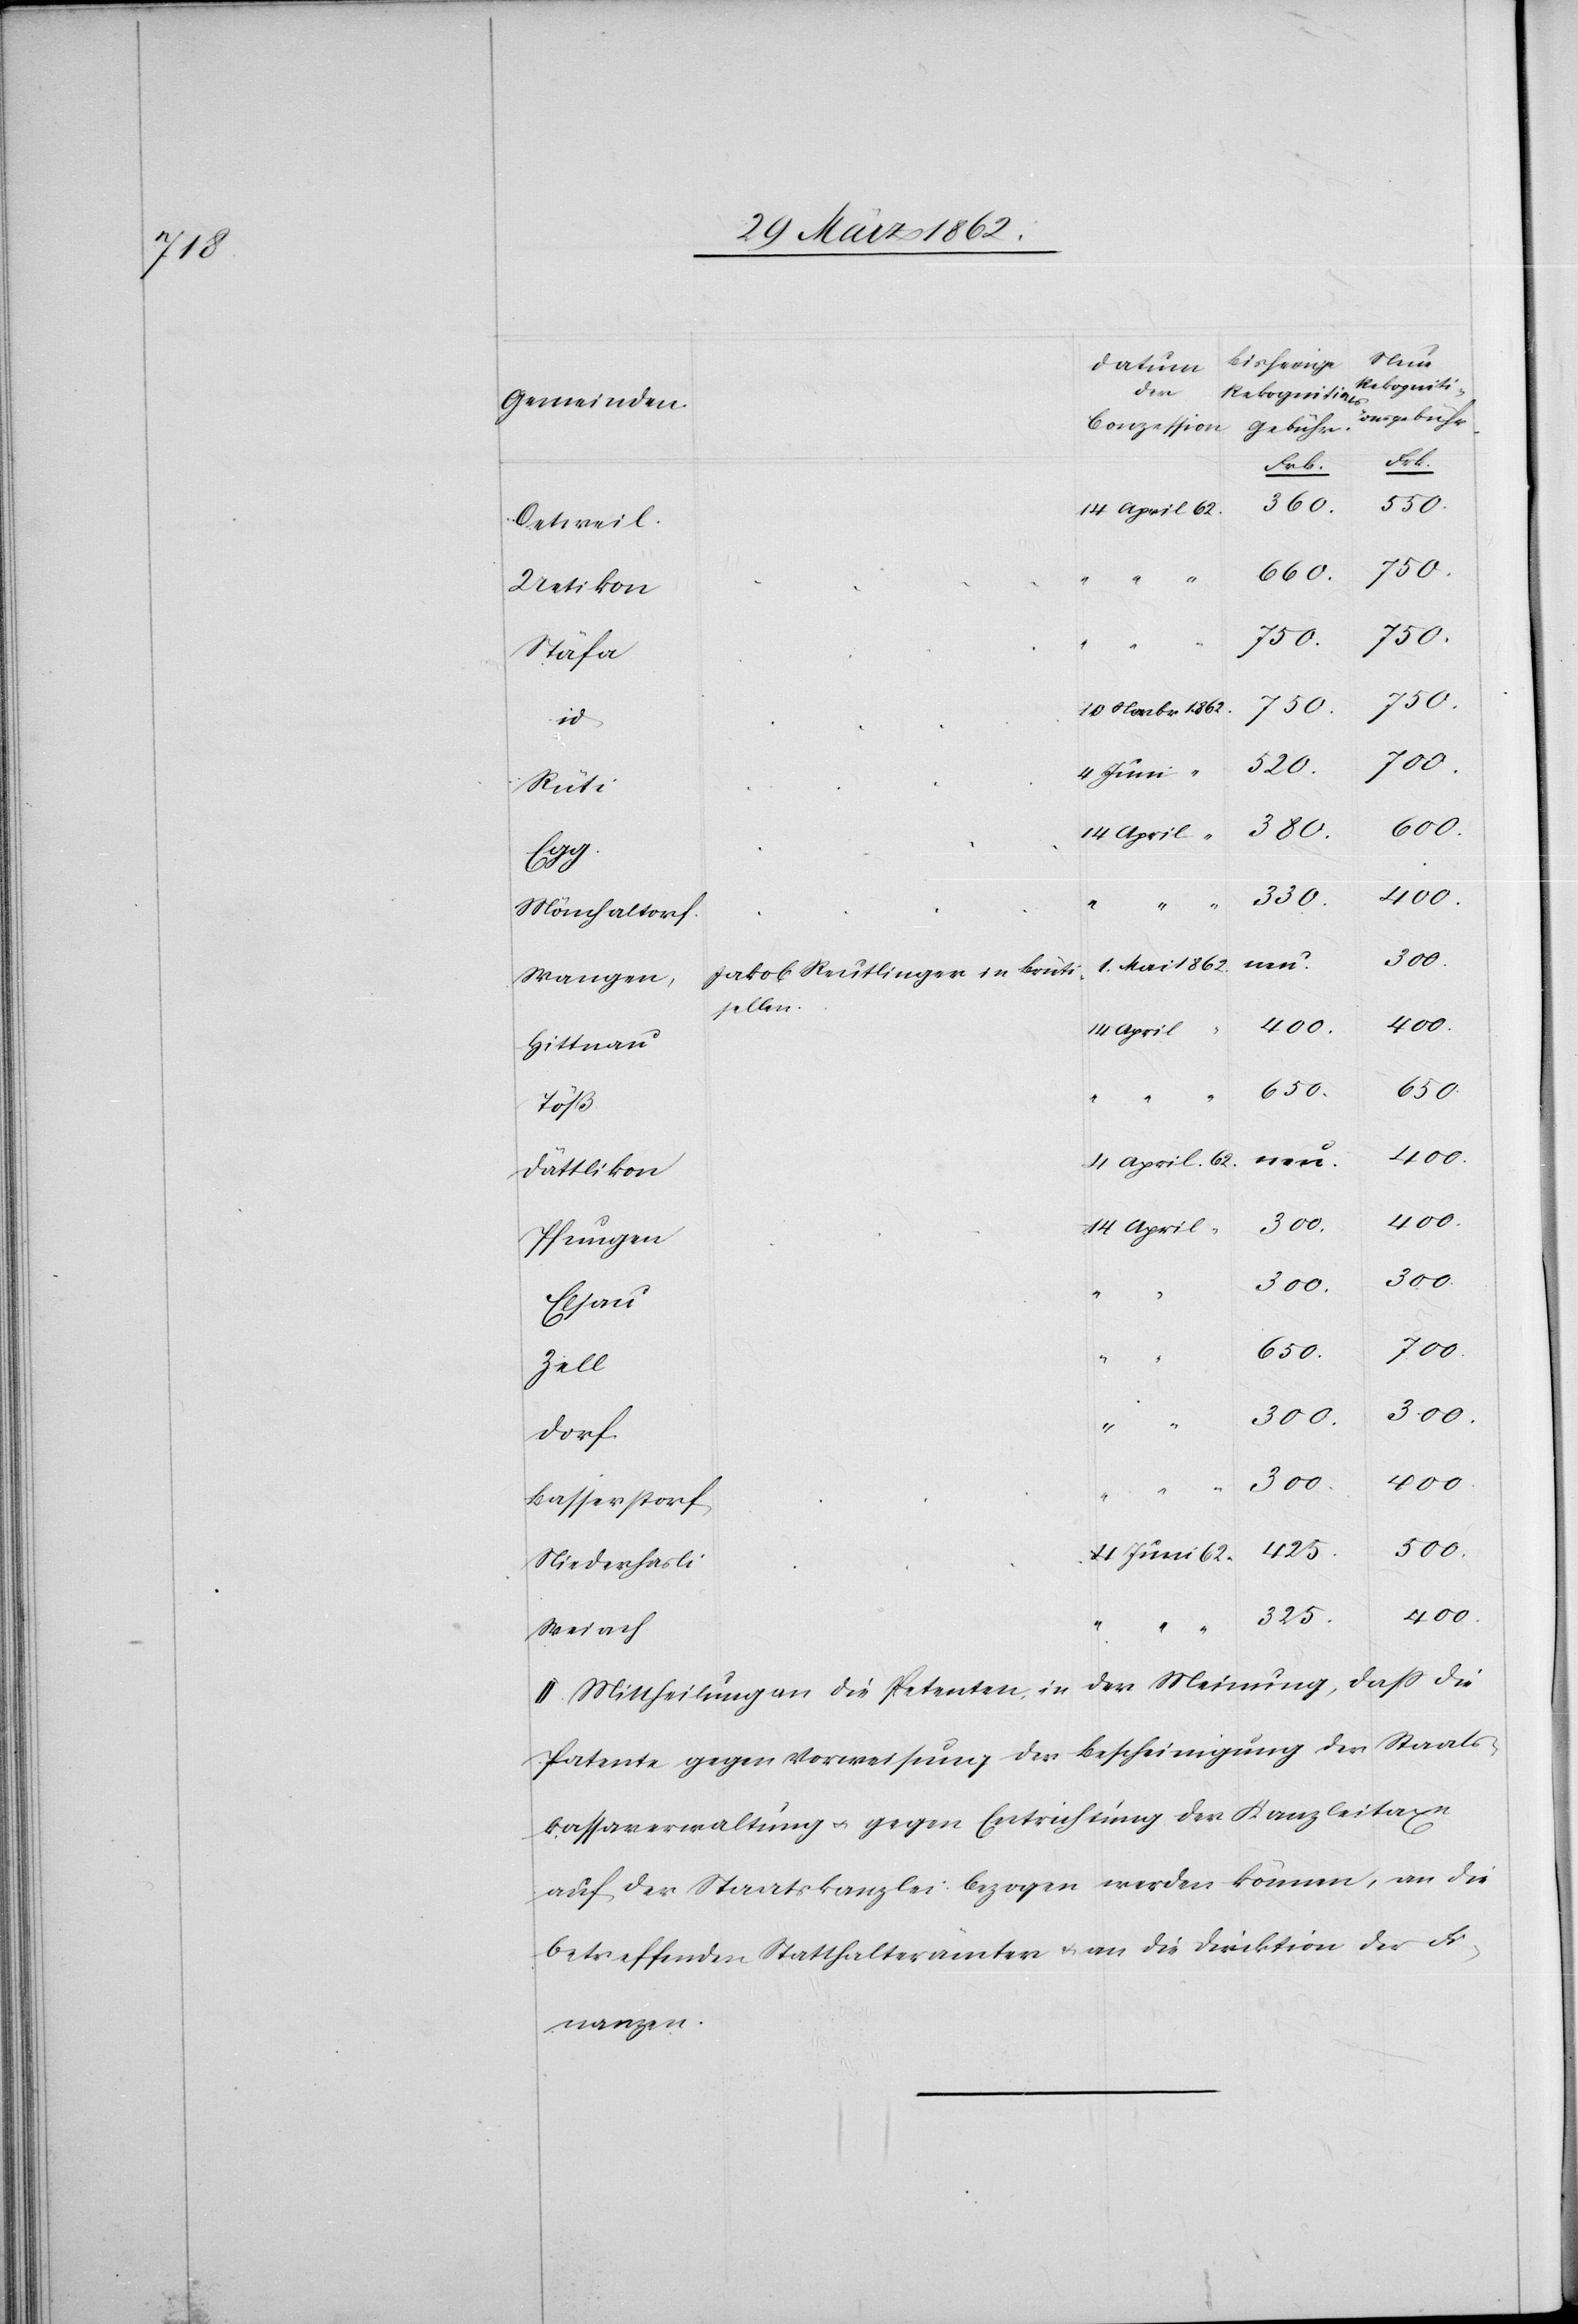
Dorf
550.
360.
Oetweil.
660.
Uetikon
750.
“
Stäfa
500.
700.
10 Novbr 1862
id
380.
4 Juni
Rüti
14 April “
Egg
330.
Mönchaltorf
1. Mai 1862
Jakob Reutlinger in Brütti¬
Wangen,
sellen
4 April
Hittnau
600.
Dättlikon
Pfungen
Elsau
“
650.
Zell
Basserstorf
425.
Niederhasli
400.
325.
Weiach
II. Mittheilung an die Petenten, in der Meinung, daß die
Patente gegen Vorweisung der Bescheinigung der Staats¬
kassaverwaltung u. gegen Entrichtung der Kanzleitaxe
auf der Staatskanzlei bezogen werden können, an die
betreffenden Statthalterämter u. an die Direktion der Fi¬
nanzen.